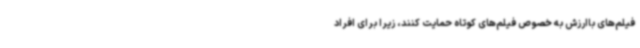
فیلم‌های باارزش به خصوص فیلم‌های کوتاه حمایت کنند، زیرا برای افراد